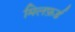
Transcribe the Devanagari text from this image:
मिलफ़र्ड